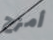
أمزح